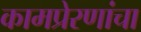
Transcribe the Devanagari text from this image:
कामप्रेरणांचा